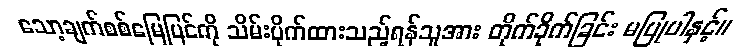
သော့ချက်စစ်မြေပြင်ကို သိမ်းပိုက်ထားသည့်ရန်သူအား တိုက်ခိုက်ခြင်း မပြုပါနှင့်။